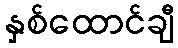
နှစ်ထောင်ချီ